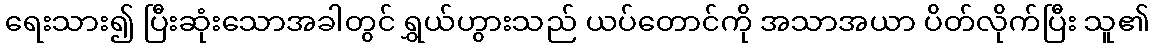
ရေးသား၍ ပြီးဆုံးသောအခါတွင် ရွှယ်ဟွားသည် ယပ်တောင်ကို အသာအယာ ပိတ်လိုက်ပြီး သူ၏